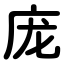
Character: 庞